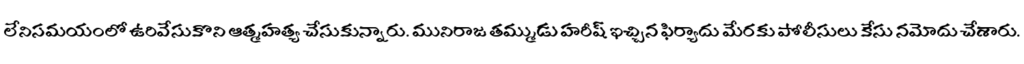
లేనిసమయంలో ఉరివేసుకొని ఆత్మహత్య చేసుకున్నారు. మునిరాజ తమ్ముడు హరీష్ ఇచ్చిన ఫిర్యాదు మేరకు పోలీసులు కేసు నమోదు చేశారు.